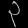
Digit: ၃